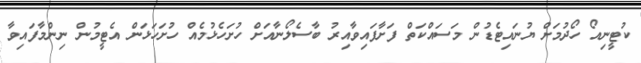
ކުޓީނިއޯ ހޯދުމަށް ޔުނައިޓެޑުން މަސައްކަތް ފަށާފައިވާއިރު ބާސެލޯނާއަށް ހުށަހެޅުމެއް ހުށަހަޅަން އެޓީމުން ނިންމާފައިވާ